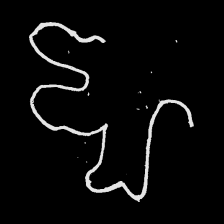
Pyu character \u2014 Myanmar letter: ဈ (romanized: jha)